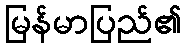
မြန်မာပြည်၏